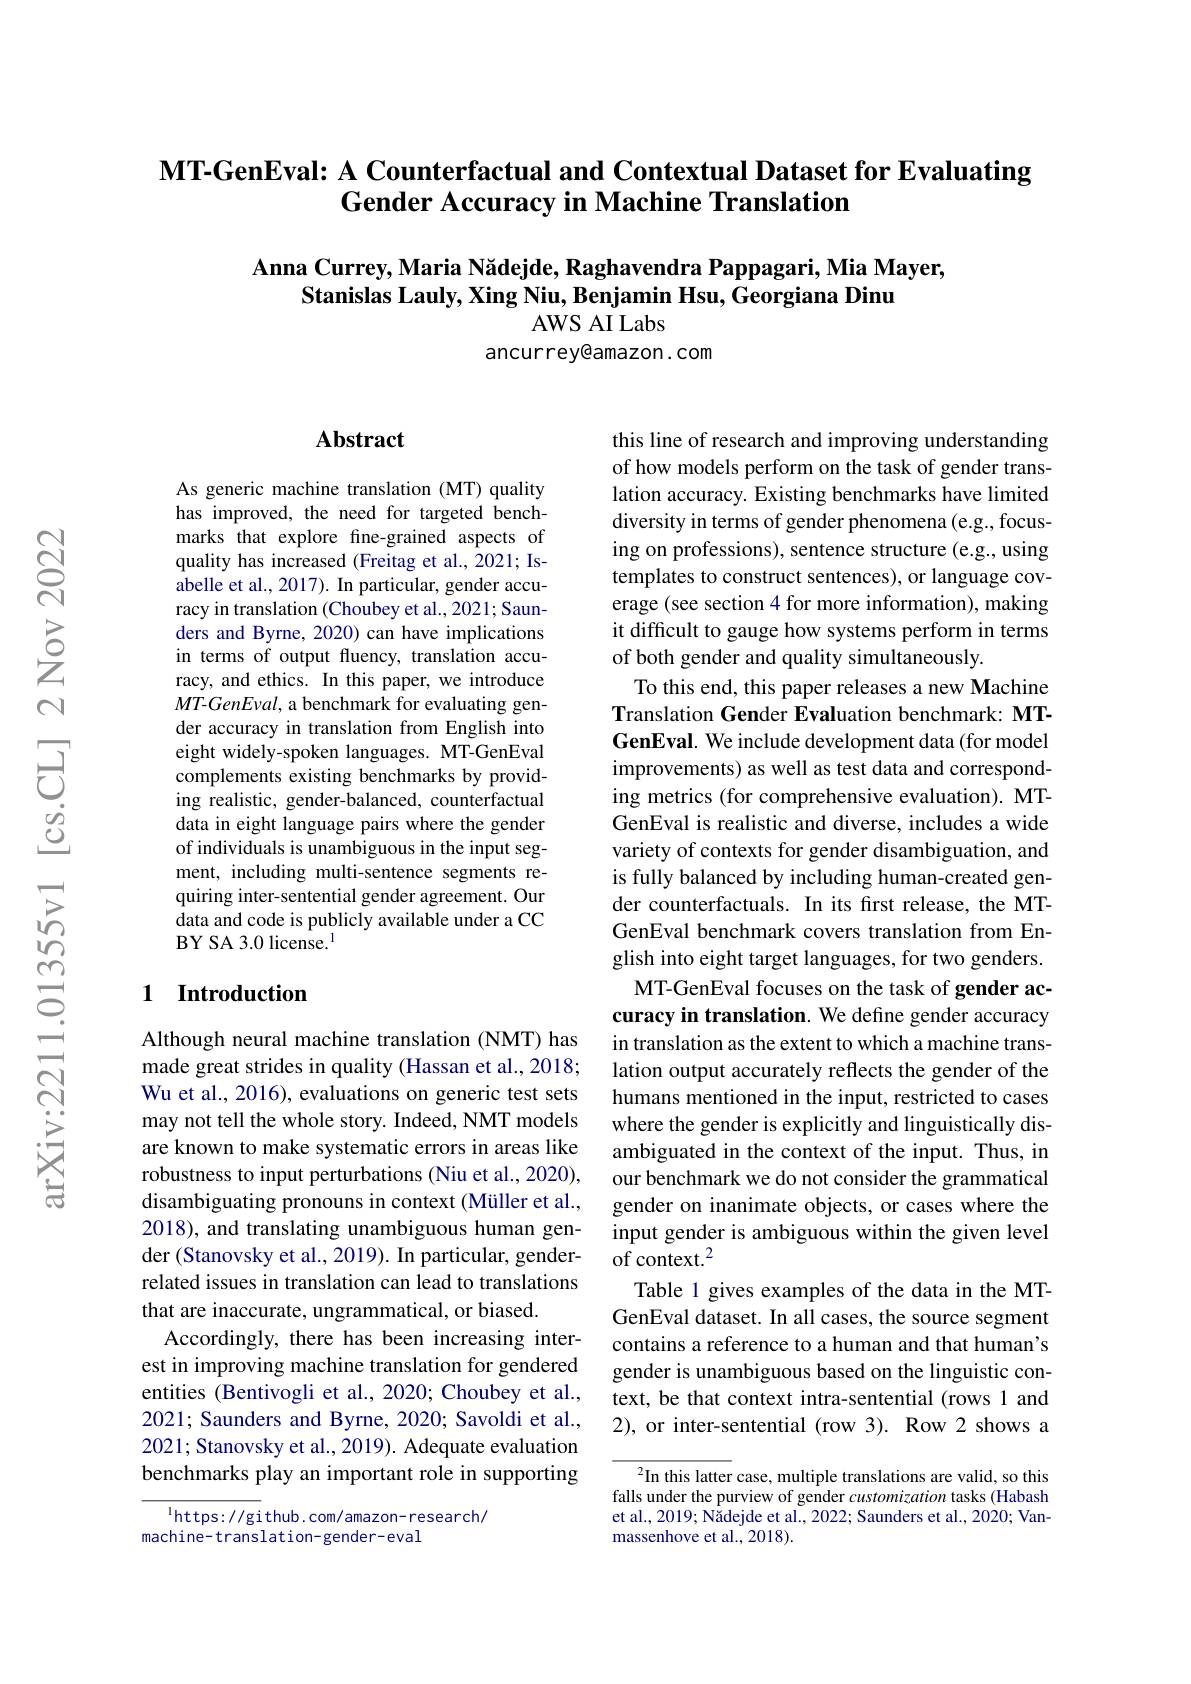
# MT-GenEval: A Counterfactual and Contextual Dataset for Evaluating Gender Accuracy in Machine Translation

Anna Currey, Maria Nădejde, Raghavendra Pappagari, Mia Mayer,
Stanislas Lauly, Xing Niu, Benjamin Hsu, Georgiana Dinu
### AWS AI Labs ancurrey@amazon. com

### $\mathbf{Abstract}$

As generic machine translation (MT) quality has improved, the need for targeted benchmarks that explore fine-grained aspects of quality has increased (Freitag et al., 2021; Isabelle et al., 2017). In particular, gender accuracy in translation (Choubey et al., 2021; Saunders and Byrne, 2020) can have implications in terms of output fluency, translation accuracy, and ethics. In this paper, we introduce MT-GenEval, a benchmark for evaluating gender accuracy in translation from English into eight widely-spoken languages. MT-GenEval complements existing benchmarks by providing realistic, gender-balanced, counterfactual data in eight language pairs where the gender of individuals is unambiguous in the input segment, including multi-sentence segments requiring inter-sentential gender agreement. Our data and code is publicly available under a CC BY SA 3.0 license.$^{1}$

this line of research and improving understanding of how models perform on the task of gender translation accuracy. Existing benchmarks have limited diversity in terms of gender phenomena (e.g., focusing on professions), sentence structure (e.g., using templates to construct sentences), or language coverage (see section 4 for more information), making it difficult to gauge how systems perform in terms of both gender and quality simultaneously.
To this end, this paper releases a new Machine Translation Gender Evaluation benchmark: MTGenEval. We include development data (for model improvements) as well as test data and corresponding metrics (for comprehensive evaluation). MTGenEval is realistic and diverse, includes a wide variety of contexts for gender disambiguation, and is fully balanced by including human-created gender counterfactuals. In its fırst release, the MTGenEval benchmark covers translation from English into eight target languages, for two genders.
MT-GenEval focuses on the task of gender accuracy in translation. We define gender accuracy in translation as the extent to which a machine translation output accurately reflects the gender of the humans mentioned in the input, restricted to cases where the gender is explicitly and linguistically disambiguated in the context of the input. Thus, in our benchmark we do not consider the grammatical gender on inanimate objects, or cases where the input gender is ambiguous within the given level ${\tilde{\text{of context.}}^2}$
Table 1 gives examples of the data in the MTGenEval dataset. In all cases, the source segment contains a reference to a human and that human's gender is unambiguous based on the linguistic context, be that context intra-sentential (rows 1 and 2), or inter-sentential (row 3). Row 2 shows a

## 1 Introduction

Although neural machine translation (NMT) has made great strides in quality (Hassan et al., 2018; Wu et al., 2016), evaluations on generic test sets may not tell the whole story. Indeed, NMT models are known to make systematic errors in areas like robustness to input perturbations (Niu et al., 2020), disambiguating pronouns in context (Müller et al., 2018), and translating unambiguous human gender (Stanovsky et al., 2019). In particular, genderrelated issues in translation can lead to translations that are inaccurate, ungrammatical, or biased.
Accordingly, there has been increasing interest in improving machine translation for gendered entities (Bentivogli et al., 2020; Choubey et al., 2021; Saunders and Byrne, 2020; Savoldi et al., 2021; Stanovsky et al., 2019). Adequate evaluation benchmarks play an important role in supporting

$^2$In this latter case, multiple translations are valid, so this falls under the purview of gender customization tasks (Habash et al., 2019; Nädejde et al., 2022; Saunders et al., 2020; Vanmassenhove et al., 2018).

$^{1}$https: //github. com/amazon- research/
machine- translation- gender- eval